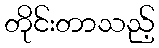
တိုင်းတာသည့်